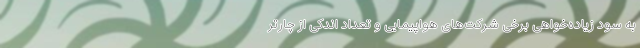
به سود زیاده‌خواهی برخی شرکت‌های هواپیمایی و تعداد اندکی از چارتر